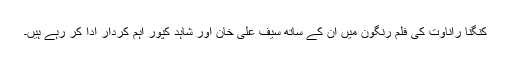
کنگنا راناوت کی فلم رنگون میں ان کے ساتھ سیف علی خان اور شاہد کپور اہم کردار ادا کر رہے ہیں۔